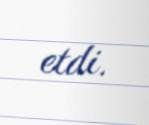
etdi.